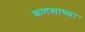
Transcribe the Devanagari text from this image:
कणसाच्या